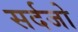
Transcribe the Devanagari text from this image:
सर्दजो